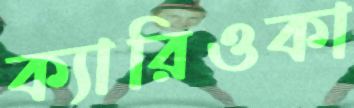
ক্যারিওকা